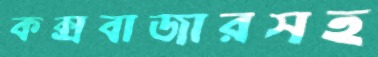
কক্সবাজারসহ